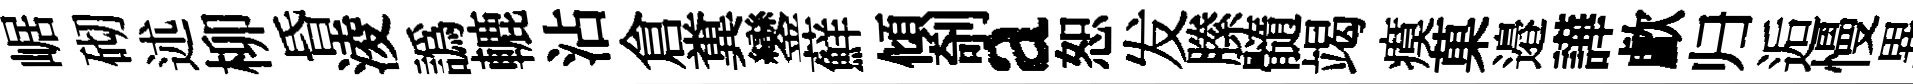
崌砌述柳昏淩譌轆沾倉糞鑾蘚傾剞a恕发縢髓竭瘼菓邉譁歔归逅慢異